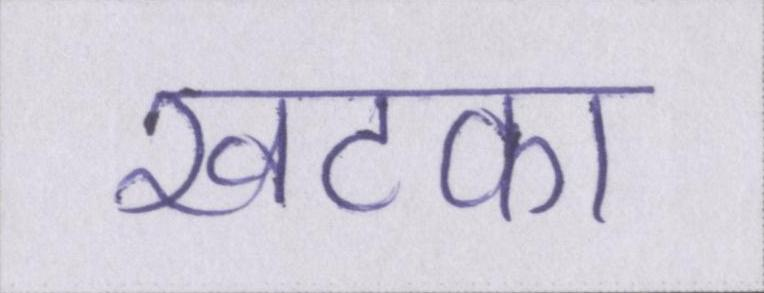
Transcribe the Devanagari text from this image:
खटका